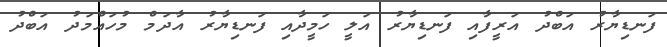
ފަނޑިޔާރު އަބްދު އަރީފާއި ފަނޑިޔާރު އަލީ ހަމީދާއި ފަނޑިޔާރު އާދަމް މުހައްމަދު އަބްދު